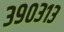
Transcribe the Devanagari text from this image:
३९०३१३